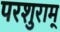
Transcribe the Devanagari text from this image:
परशुराम्